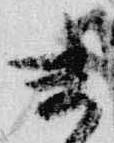
末